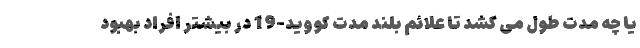
یا چه مدت طول می کشد تا علائم بلند مدت کووید-19 در بیشتر افراد بهبود